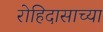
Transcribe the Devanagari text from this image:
रोहिदासाच्या